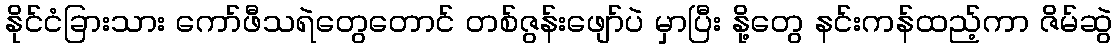
နိုင်ငံခြားသား ကော်ဖီသရဲတွေတောင် တစ်ဇွန်းဖျော်ပဲ မှာပြီး နို့တွေ နင်းကန်ထည့်ကာ ဇိမ်ဆွဲ